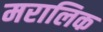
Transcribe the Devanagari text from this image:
मरालिक